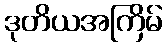
ဒုတိယအကြိမ်